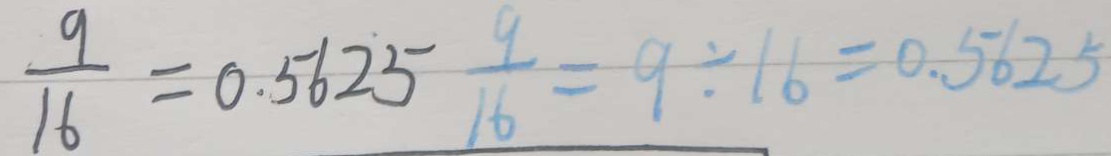
\frac { 9 } { 1 6 } = 0 . 5 6 2 5 \frac { 9 } { 1 6 } = 9 \div 1 6 = 0 . 5 6 2 5